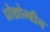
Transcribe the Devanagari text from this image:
प्रोथ्रोम्बीन